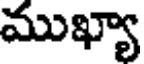
ముఖ్యా